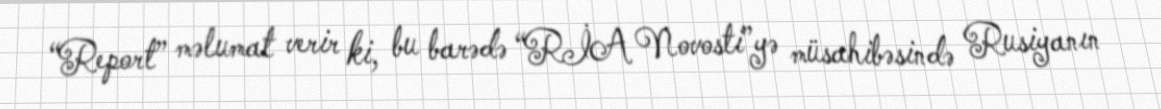
“Report” məlumat verir ki, bu barədə “RİA Novosti”yə müsahibəsində Rusiyanın